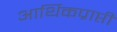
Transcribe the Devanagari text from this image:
आर्थिकप्राप्ती